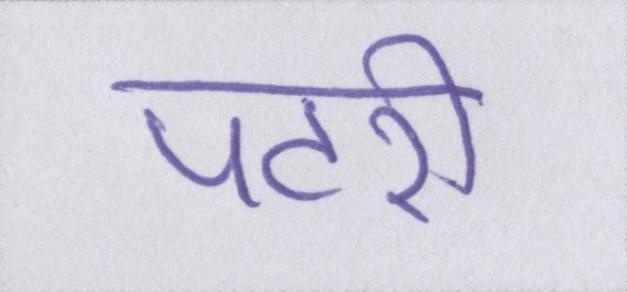
पटरी